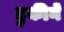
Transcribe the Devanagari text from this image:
टुकीने